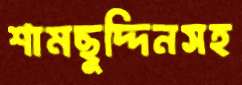
শামছুদ্দিনসহ